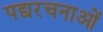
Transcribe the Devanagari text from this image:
पद्यरचनाओं